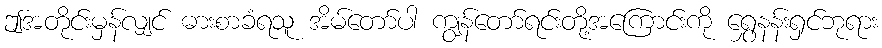
ဤအတိုင်းမှန်လျှင် ဓားစာခံရသူ အိမ်တော်ပါ ကျွန်တော်ရင်းတို့အကြောင်းကို ရွှေနန်းရှင်ဘုရား